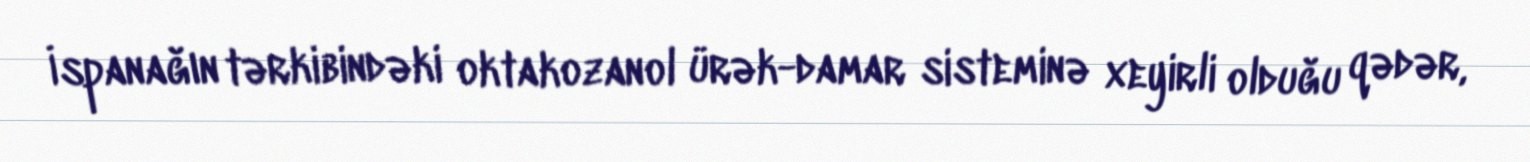
İspanağın tərkibindəki oktakozanol ürək-damar sisteminə xeyirli olduğu qədər,